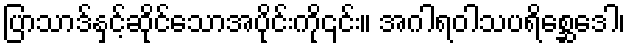
ပြာသာဒ်နှင့်ဆိုင်သောအပိုင်းကို၎င်း။ အဂါရဝါသပရိစ္ဆေဒေါ၊